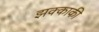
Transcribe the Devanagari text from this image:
झक्काकी